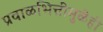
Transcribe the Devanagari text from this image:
प्रवाळभित्तींमुळेही